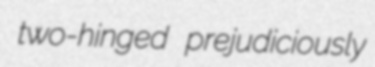
two-hinged prejudiciously